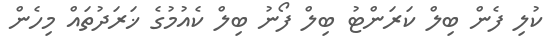
ކުލި ފެން ބިލް ކަރަންޓު ބިލް ފޯނު ބިލް ކެއުމުގެ ޚަރަދުތައް މިހެން